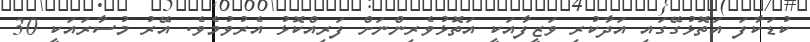
ކުޑަކާފަ އަތޮޅުގޭގައި އަދާކުރި ވަޒީފާއަކީ އަތޮޅުވެރިންނަށް ފަރިއްކޮޅު އެރުވުމެވެ. އޭރު މުސާރައަކީ 30